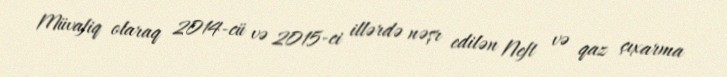
Müvafiq olaraq 2014-cü və 2015-ci illərdə nəşr edilən Neft və qaz çıxarma